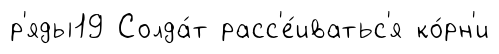
р'яды19 Солда́т расс'е́иватьс'я ко́рн'и